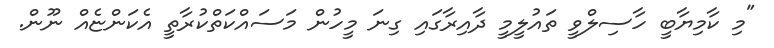
"މި ކާމިޔާބީ ހާސިލްވީ ތައުލީމީ ދާއިރާގައި ގިނަ މީހުން މަސައްކަތްކުރާތީ އެކަންޏެއް ނޫން.